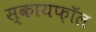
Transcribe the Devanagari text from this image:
स्कायफ़ॉल